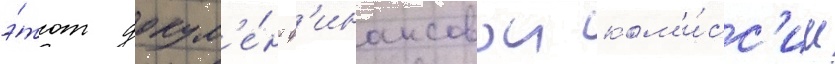
э́тот докум'е́нт ф'инансовои ком'и́сс'ии